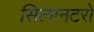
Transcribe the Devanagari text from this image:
सिलानटरो